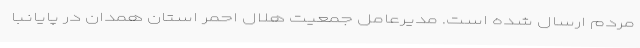
مردم ارسال شده است. مدیرعامل جمعیت هلال احمر استان همدان در پایانبا